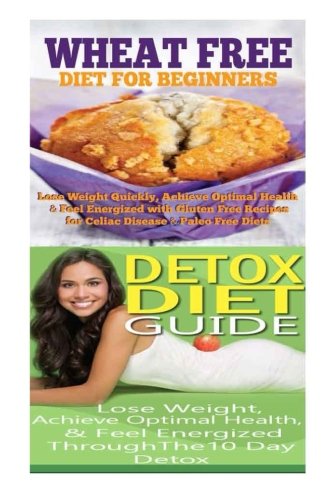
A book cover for Wheat Free Diet: Detox Diet: Wheat Free Recipes & Gluten Free Recipes for Paleo Diet, Celiac Diet & Wheat Belly; Detox Cleanse Diet to Lose Belly Fat & Increase Energy; Emma Rose; Health, Fitness & Dieting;